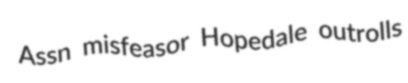
Assn misfeasor Hopedale outrolls